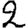
Digit: 2